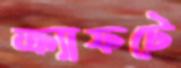
ক্র্যাফটে